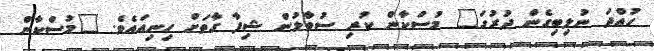
ހުއްދަ ނުލިބިގެން ދުރުގަ" މުސްކާން ކުރި ސުވާލުން ޝިފާ ގާތަށް ހިނިއައެވެ. "މުސްކާން